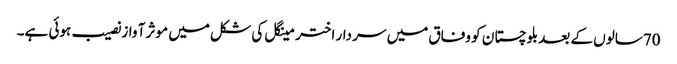
70سالوں کے بعد بلوچستا ن کو وفاق میں سر دار اختر مینگل کی شکل میں موثر آ واز نصیب ہوئی ہے۔